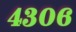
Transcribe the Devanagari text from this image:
४३०६